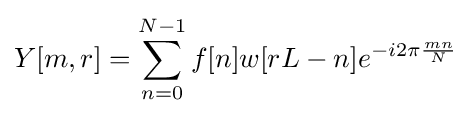
Y[m,r]=\sum _{n=0}^{N-1}{f[n]w[rL-n]e^{-i2\pi {\frac {mn}{N}}}}